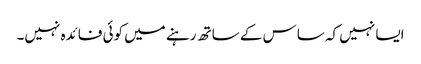
ایسا نہیں کہ ساس کے ساتھ رہنے میں کوئی فائدہ نہیں۔